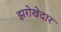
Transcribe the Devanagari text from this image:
झरोखेदार